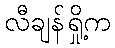
လီချန်ရှို့က